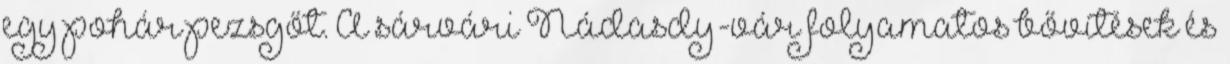
egy pohár pezsgőt. A sárvári Nádasdy-vár folyamatos bővítések és